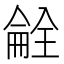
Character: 𫣝